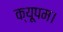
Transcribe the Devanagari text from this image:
क्यूपम।